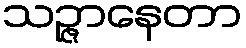
သဉ္ဇာနေတာ